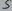
Text: 5